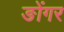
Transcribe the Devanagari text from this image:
ङोंगर